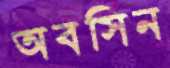
অবসিন